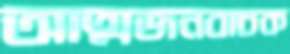
আত্মজনবাচক